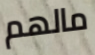
مالهم